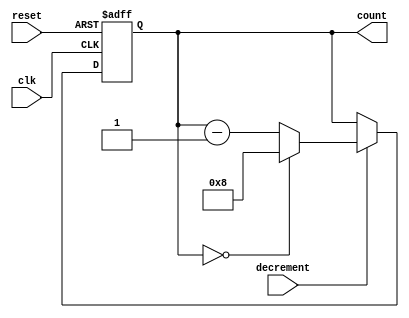
module decremental_counter #(
    parameter MAX_COUNT = 8  // Parameter for maximum count value (0 to MAX_COUNT)
)(
    input wire clk,          // Clock signal
    input wire reset,        // Asynchronous reset signal
    input wire decrement,     // Control signal to trigger decrement
    output reg [clog2(MAX_COUNT):0] count // Current count value
);

// Function to calculate the logarithm base 2
function integer clog2;
    input integer value;
    begin
        value = value - 1;
        for (clog2 = 0; value > 0; clog2 = clog2 + 1)
            value = value >> 1;
    end
endfunction

// Initial block to set the initial count value
initial begin
    count = MAX_COUNT; // Initialize count to maximum value
end

// Always block for counter logic
always @(posedge clk or posedge reset) begin
    if (reset) begin
        count <= MAX_COUNT; // Reset to maximum value
    end else if (decrement) begin
        if (count == 0) begin
            count <= MAX_COUNT; // Wrap around to maximum value
        end else begin
            count <= count - 1; // Decrement the count
        end
    end
end

endmodule